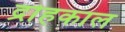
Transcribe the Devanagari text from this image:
द्रोहकाल